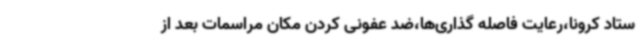
ستاد کرونا،رعایت فاصله گذاری‌ها،ضد عفونی کردن مکان مراسمات بعد از